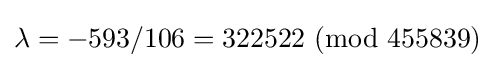
\lambda =-593/106=322522\ (\mathrm {mod} \ 455839)